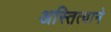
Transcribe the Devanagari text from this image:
अस्तित्‍वाने